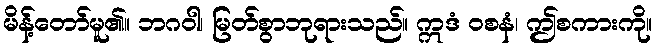
မိန့်တော်မူ၏။ ဘဂဝါ၊ မြတ်စွာဘုရားသည်။ ဣဒံ ဝစနံ၊ ဤစကားကို။